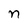
Character: n